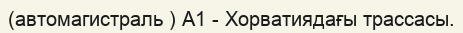
(автомагистраль ) А1 - Хорватиядағы трассасы.